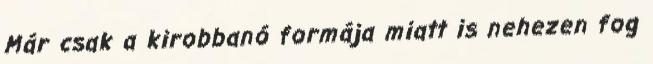
Már csak a kirobbanó formája miatt is nehezen fog